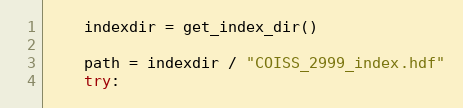
Language: Python
    indexdir = get_index_dir()

    path = indexdir / "COISS_2999_index.hdf"
    try: